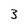
Character: 3